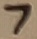
Text: 7